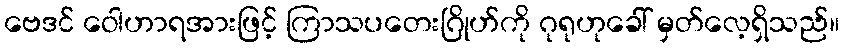
ဗေဒင် ဝေါဟာရအားဖြင့် ကြာသပတေးဂြိုဟ်ကို ဂုရုဟုခေါ် မှတ်လေ့ရှိသည်။